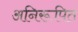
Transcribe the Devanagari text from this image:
अनिरूपित